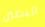
البطين